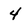
Character: 4